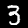
Label: 3